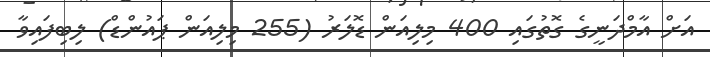
އަށް އާމްދަނީގެ ގޮތުގައި 400 މިލިއަން ޑޮލަރު (255 މިލިއަން ޕައުންޑް) ލިބިފައިވާ